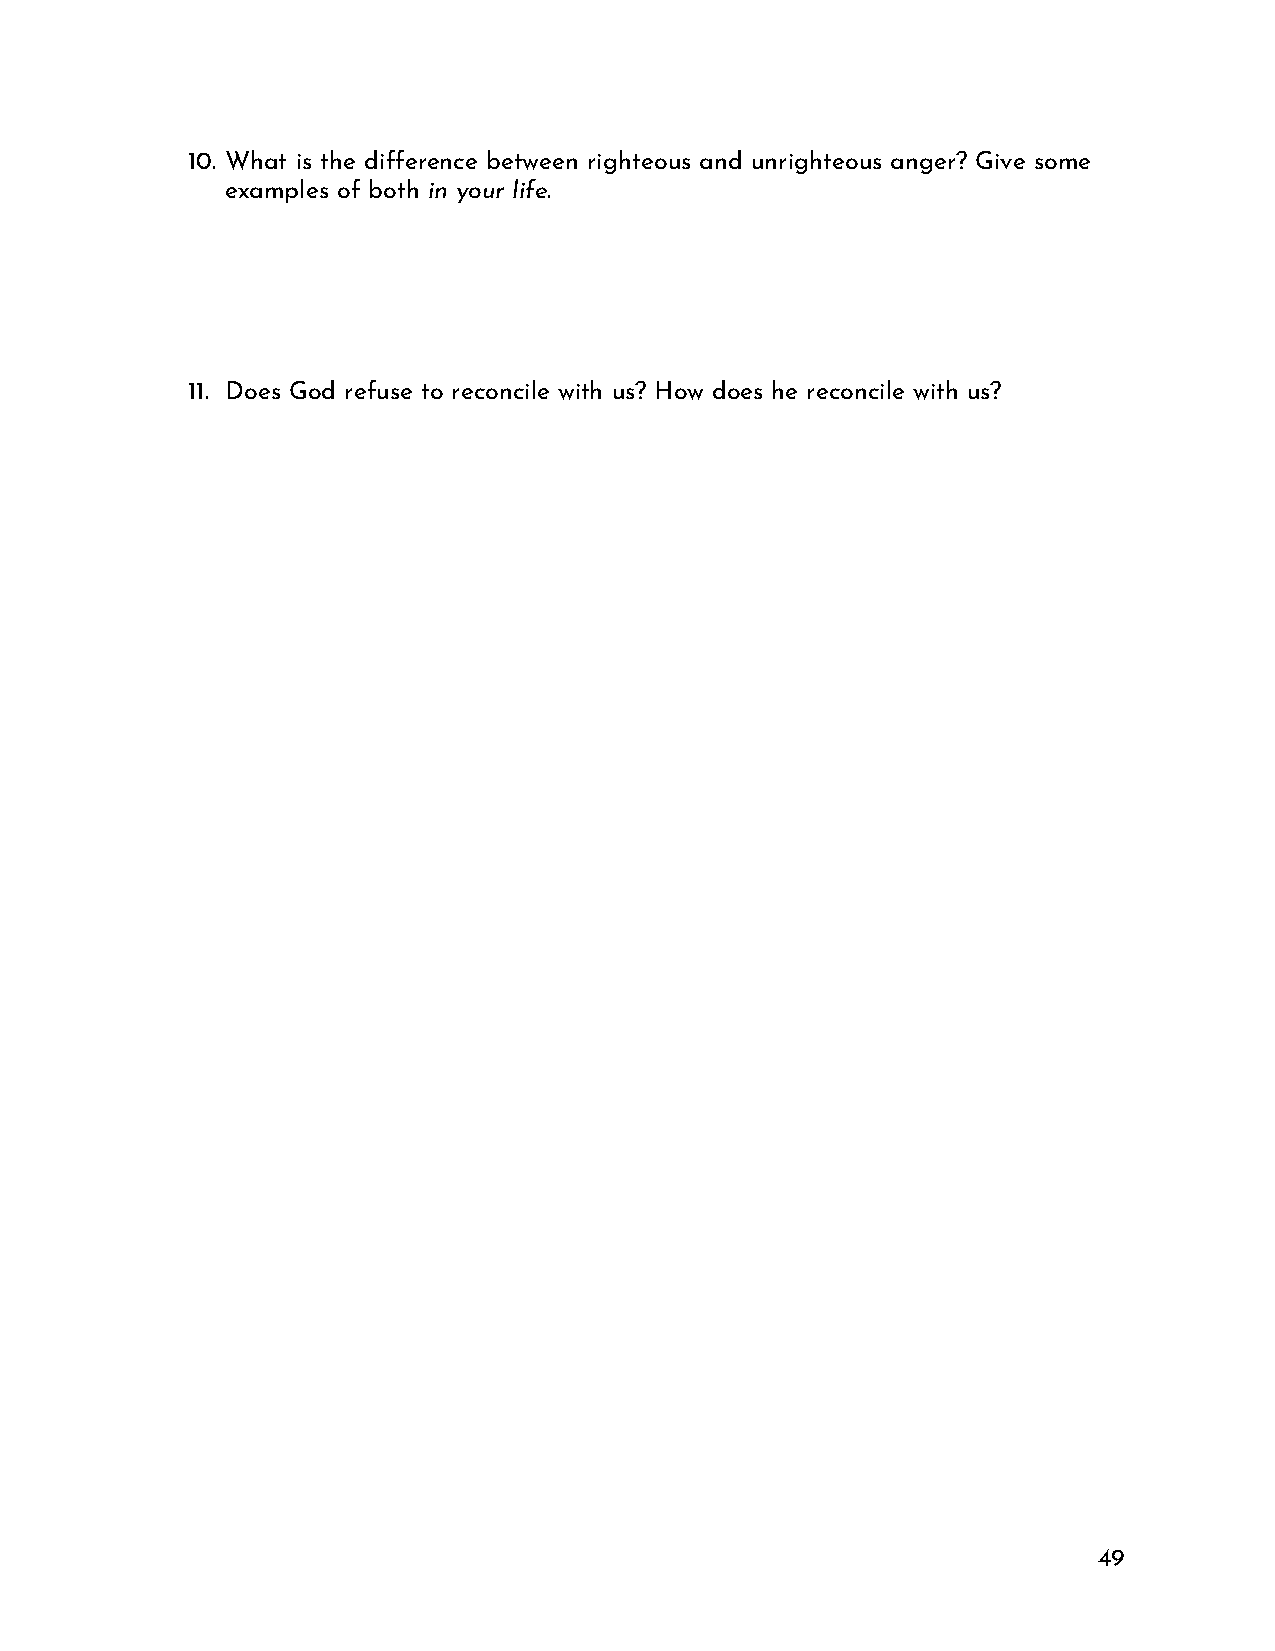
10. What is the difference between righteous and unrighteous anger? Give some
 examples of both in your life.
 11. Does God refuse to reconcile with us? How does he reconcile with us?
 49